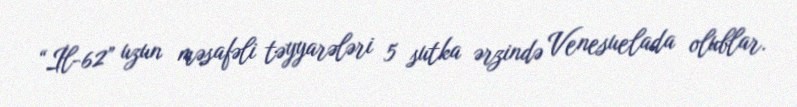
“İl-62” uzun məsafəli təyyarələri 5 sutka ərzində Venesuelada olublar.